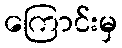
ကြောင်းမှ